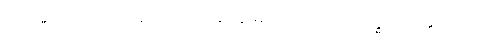
ဤဗြဟ္မဝိဟာရတရားတို့ကို။ ဘာဝေတွာ၊ ပွားစေ၍။ ကာယဿ၊ ခန္ဓာကိုယ်၏။ ဘေဒါ၊